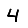
Digit: 4